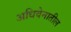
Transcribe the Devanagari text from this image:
अधिवेनातील